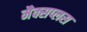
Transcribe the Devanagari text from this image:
मैक्सप्लस